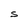
Character: S